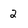
Character: 2